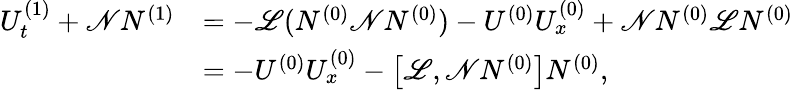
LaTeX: \begin{array}{rl}{U_{t}^{(1)}+\mathscr{N}N^{(1)}}&{=-\mathscr{L}(N^{(0)}\mathscr{N}N^{(0)})-U^{(0)}U_{x}^{(0)}+\mathscr{N}N^{(0)}\mathscr{L}N^{(0)}}\\ &{=-U^{(0)}U_{x}^{(0)}-\left[\mathscr{L},\mathscr{N}N^{(0)}\right]N^{(0)},}\end{array}